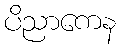
ပိညာကေန